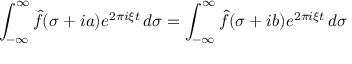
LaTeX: \int _ { - \infty } ^ { \infty } { \hat { f } } ( \sigma + i a ) e ^ { 2 \pi i \xi t } \, d \sigma = \int _ { - \infty } ^ { \infty } { \hat { f } } ( \sigma + i b ) e ^ { 2 \pi i \xi t } \, d \sigma